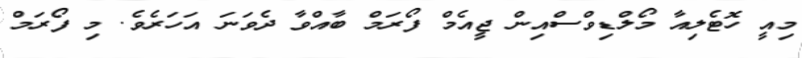
މިއީ ހޮޓެލިއާ މޯލްޑިވްސްއިން ޖީއެމް ފޯރަމް ބާއްވާ ދެވަނަ އަހަރެވެ. މި ފޯރަމް